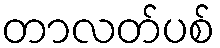
တာလတ်ပစ်